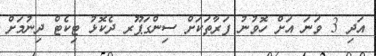
އަދި 3 ވަނަ އަށް ހޮވުނު ފަރާތަކަށް ސިންގަޕޫރ ދެކޮޅު ޓިކެޓް ދިނުމަށް